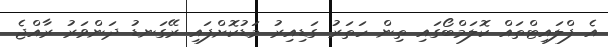
އެ ފްލައިޓްތައް ކޮލަމްބޯގައި ތިން ހަތަރު ގަޑިއިރު މަޑުކޮށްފައި ރޭގަނޑު ދަންވަރު ރާއްޖެ